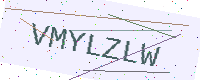
Text: VMYLZLW